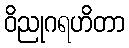
ဝိညုဂရဟိတာ